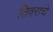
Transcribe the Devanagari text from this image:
तिवराचे